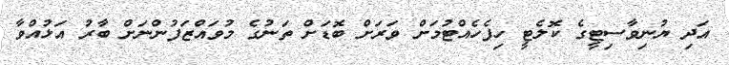
އަދި ޔުނިވާސިޓީގެ ކޮލެޓީ ހިފެހެއްޓުމަށް ވަރަށް ބޮޑަށް ތަނުގެ މުވައްޒަފުންނަށް ބާރު އަޅުއްވާ